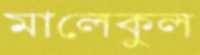
মালেকুল